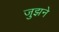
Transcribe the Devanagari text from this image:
जुझने